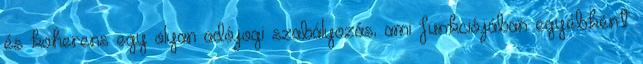
és koherens egy olyan adójogi szabályozás, ami funkciójában egyébként